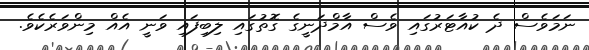
ނަމަވެސް ދެ ކުއާޓަރުގައި ވެސް އާމްދަނީގެ ގޮތުގައި ލިބިފައި ވަނީ އެއް މިންވަރެކެވެ.